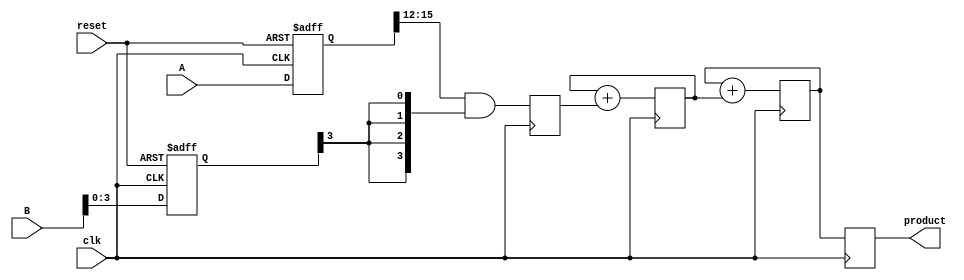
module pipelined_sliced_multiplier (
    input wire clk,
    input wire reset,
    input wire [15:0] A,
    input wire [15:0] B,
    output reg [31:0] product
);

    // Parameters
    parameter SLICE_WIDTH = 4;
    parameter NUM_SLICES = 4;

    // Internal signals
    reg [15:0] A_reg, B_reg;
    reg [3:0] partial_products[NUM_SLICES-1:0][NUM_SLICES-1:0];
    reg [31:0] sum[NUM_SLICES-1:0];
    reg [31:0] final_sum;
    
    // Pipeline registers
    reg [31:0] pp_stage[NUM_SLICES-1:0];
    reg [31:0] adder_stage[NUM_SLICES-1:0];

    // Control logic
    integer i, j;

    // Input registers
    always @(posedge clk or posedge reset) begin
        if (reset) begin
            A_reg <= 16'b0;
            B_reg <= 16'b0;
        end else begin
            A_reg <= A;
            B_reg <= B;
        end
    end

    // Partial product generation
    always @(posedge clk) begin
        for (i = 0; i < NUM_SLICES; i = i + 1) begin
            for (j = 0; j < NUM_SLICES; j = j + 1) begin
                partial_products[i][j] <= (A_reg[i*SLICE_WIDTH +: SLICE_WIDTH] & {SLICE_WIDTH{B_reg[j]}}); // AND operation
            end
        end
    end

    // Adder tree for partial products
    always @(posedge clk) begin
        // Initialize sums
        for (i = 0; i < NUM_SLICES; i = i + 1) begin
            sum[i] <= 32'b0;
            for (j = 0; j < NUM_SLICES; j = j + 1) begin
                sum[i] <= sum[i] + {28'b0, partial_products[i][j]}; // Shift and add
            end
        end
    end

    // Pipeline stage for final addition
    always @(posedge clk) begin
        final_sum <= 32'b0;
        for (i = 0; i < NUM_SLICES; i = i + 1) begin
            final_sum <= final_sum + sum[i];
        end
    end

    // Output register
    always @(posedge clk) begin
        product <= final_sum;
    end

endmodule